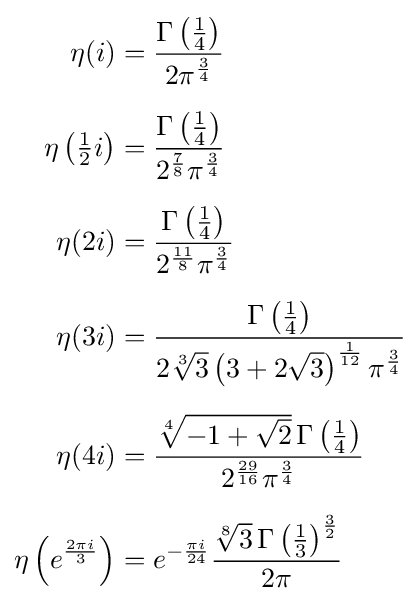
{\begin{aligned}\eta (i)&={\frac {\Gamma \left({\frac {1}{4}}\right)}{2\pi ^{\frac {3}{4}}}}\\[6pt]\eta \left({\tfrac {1}{2}}i\right)&={\frac {\Gamma \left({\frac {1}{4}}\right)}{2^{\frac {7}{8}}\pi ^{\frac {3}{4}}}}\\[6pt]\eta (2i)&={\frac {\Gamma \left({\frac {1}{4}}\right)}{2^{\frac {11}{8}}\pi ^{\frac {3}{4}}}}\\[6pt]\eta (3i)&={\frac {\Gamma \left({\frac {1}{4}}\right)}{2{\sqrt[{3}]{3}}\left(3+2{\sqrt {3}}\right)^{\frac {1}{12}}\pi ^{\frac {3}{4}}}}\\[6pt]\eta (4i)&={\frac {{\sqrt[{4}]{-1+{\sqrt {2}}}}\,\Gamma \left({\frac {1}{4}}\right)}{2^{\frac {29}{16}}\pi ^{\frac {3}{4}}}}\\[6pt]\eta \left(e^{\frac {2\pi i}{3}}\right)&=e^{-{\frac {\pi i}{24}}}{\frac {{\sqrt[{8}]{3}}\,\Gamma \left({\frac {1}{3}}\right)^{\frac {3}{2}}}{2\pi }}\end{aligned}}